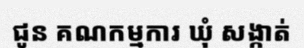
ជូន គណកម្មការ ឃុំ សង្កាត់